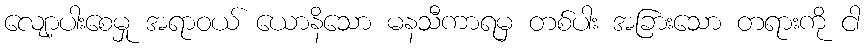
လျော့ပါးစေမှု အရာဝယ် ယောနိသော မနသီကာရမှ တစ်ပါး အခြားသော တရားကို ငါ